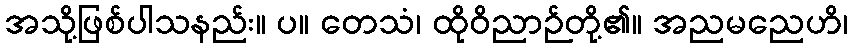
အသို့ဖြစ်ပါသနည်း။ ပ။ တေသံ၊ ထိုဝိညာဉ်တို့၏။ အညမညေဟိ၊